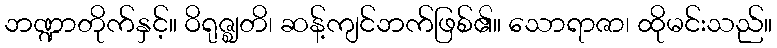
ဘဏ္ဍာတိုက်နှင့်။ ဝိရုဇ္ဈတိ၊ ဆန့်ကျင်ဘက်ဖြစ်၏။ သောရာဇာ၊ ထိုမင်းသည်။